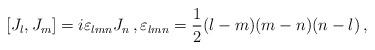
LaTeX: \begin{align*}[J_l , J_m]=i \varepsilon_{lmn} J_n \, , \varepsilon_{lmn}=\frac{1}{2}(l-m)(m-n)(n-l) \, ,\end{align*}